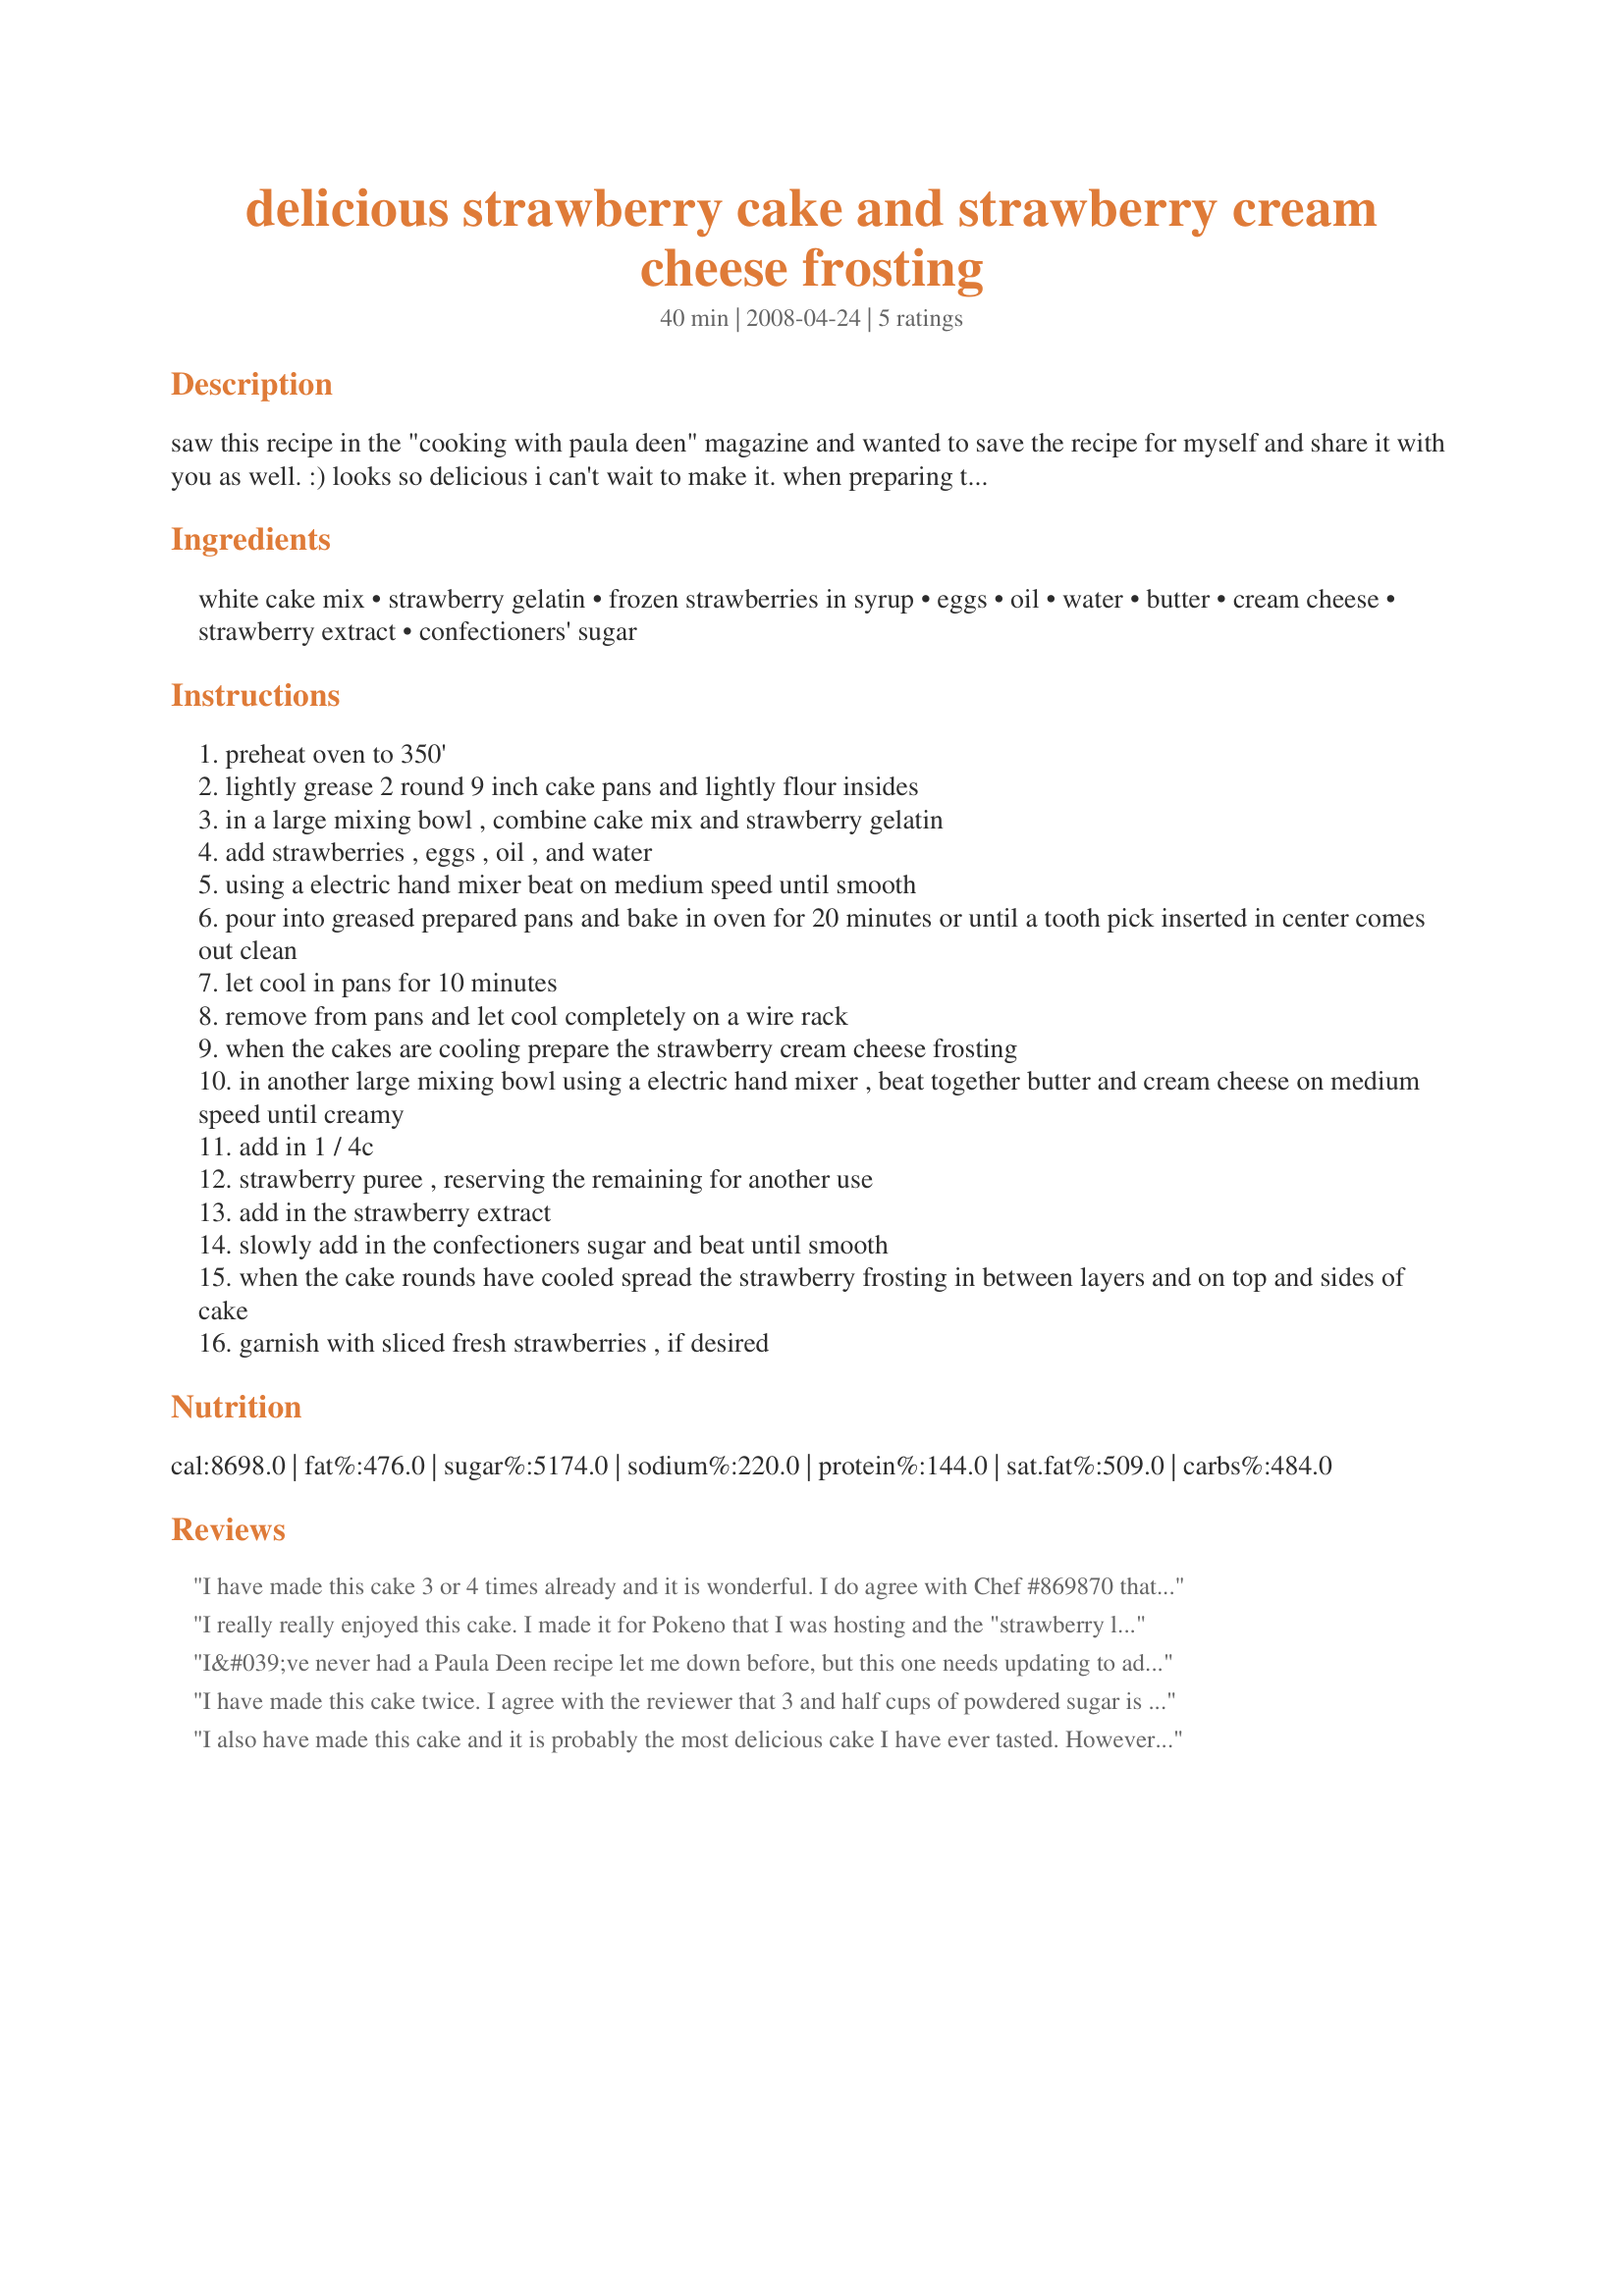
delicious strawberry cake and strawberry cream cheese frosting
Preparation time: 40 minutes

saw this recipe in the "cooking with paula deen" magazine and wanted to save the recipe for myself and share it with you as well. :)
looks so delicious i can't wait to make it.
when preparing the frosting you will have left over "strawberry puree" to use for another time. (

Ingredients:
white cake mix, strawberry gelatin, frozen strawberries in syrup, eggs, oil, water, butter, cream cheese, strawberry extract, confectioners' sugar

Steps:
preheat oven to 350'
lightly grease 2 round 9 inch cake pans and lightly flour insides
in a large mixing bowl , combine cake mix and strawberry gelatin
add strawberries , eggs , oil , and water
using a electric hand mixer beat on medium speed until smooth
pour into greased prepared pans and bake in oven for 20 minutes or until a tooth pick inserted in center comes out clean
let cool in pans for 10 minutes
remove from pans and let cool completely on a wire rack
when the cakes are cooling prepare the strawberry cream cheese frosting
in another large mixing bowl using a electric hand mixer , beat together butter and cream cheese on medium speed until creamy
add in 1 / 4c
strawberry puree , reserving the remaining for another use
add in the strawberry extract
slowly add in the confectioners sugar and beat until smooth
when the cake rounds have cooled spread the strawberry frosting in between layers and on top and sides of cake
garnish with sliced fresh strawberries , if desired

Reviews:
I have made this cake 3 or 4 times already and it is wonderful. I do agree with Chef #869870 that the frosting is too sweet. I think I will cut all the frosting ingredients in half next time. I make it in a jelly roll pan and bake it 25-30 minutes. I also buy one 16 oz. frozen strawberries and puree it all and put 10 oz in the cake and 1/4 cup in the frosting and just have a tiny bit left to put on some cereal! Very, very delicious!
I really really enjoyed this cake. I made it for Pokeno that I was hosting and the "strawberry lovers" went crazy over it. The icing does tend to be on the soft side so I dipped my strawberries out with a fork so as not to get too much syrup and pureed the strawberries. I probably used at least 1 tsp of strawberry extract and as soon as I got it iced in the refrigerator it went to let the filling and icing firm up. I just "eye-balled" the amount of confectioner's sugar until it looked like a consistency I could use. I think I"m going to try it again when fresh strawberries are in season and use the fresh puree in my icing and see how that turns out as far as consistency. Marsha, thanks for posting this wonderful recipe.
I&#039;ve never had a Paula Deen recipe let me down before, but this one needs updating to adapt to changes in the products it calls for as ingredients. 18.25 ounce cake mixes and frozen sliced strawberries in syrup seem to be a thing of the past, not available in my grocery stores, so I substituted a 16.25 ounce cake mix and fresh strawberries. The cake came out heavy, and a day later it has the consistency of bread pudding. I don&#039;t usually blame a recipe when the cook makes substitutions, but in this case I had no choice; the ingredients it calls for aren&#039;t available anymore. I also agree with other reviewers that the frosting had too much sugar and not enough cream cheese.
I have made this cake twice. I agree with the reviewer that 3 and half cups of powdered sugar is enough, and I also use an additional 3 ounces of cream cheese. When I reduce the sugar, the puree makes the icing thin and I have trouble with the cake sliding. Not sure how I will over come this. I think it is the best cake I have ever tasted.
I also have made this cake and it is probably the most delicious cake I have ever tasted. However, I have altered the frosting slightly. It makes way too much and the sugar is over powering. I use 3 and a half cups of powdered sugar and I add an additional 3 ounce package of cream cheese. This is more than enough frosting and the cream cheese flavor really comes through.
